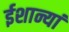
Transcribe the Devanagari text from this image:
ईशान्यां